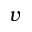
v